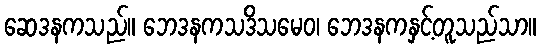
ဆေဒနကသည်။ ဘေဒနကသဒိသမေဝ၊ ဘေဒနကနှင့်တူသည်သာ။